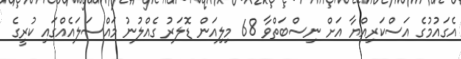
އެގައުމުގެ އަސްކަރިއްޔާ އަށް ނިސްބަތްވާ 68 މިލިއަން ޑޮލަރު ގެއްލުނު މައްސަލައެއްގައި ކުރީގެ